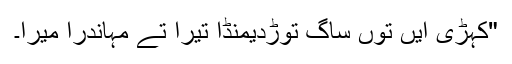
"کہڑی ایں توں ساگ توڑدیمُنڈا تیرا تے مُہاندرا میرا۔